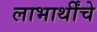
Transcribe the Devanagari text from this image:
लाभार्थींचे